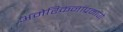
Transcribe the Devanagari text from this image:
अमेरिकनांप्रमाणे